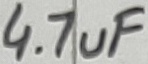
Text: 4.7uF